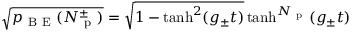
\sqrt { p _ { \mathrm { ~ B ~ E ~ } } ( N _ { \mathrm { ~ p ~ } } ^ { \pm } ) } = \sqrt { 1 - \operatorname { t a n h } ^ { 2 } ( g _ { \pm } t ) } \operatorname { t a n h } ^ { N _ { \mathrm { ~ p ~ } } } ( g _ { \pm } t )